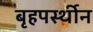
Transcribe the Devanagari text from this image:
बृहपर्स्थीन